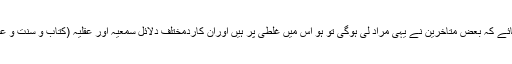
اگر یہ بات بھی مان لی جائے کہ بعض متاخرین نے یہی مراد لی ہوگی تو ہو اس میں غلطی پر ہيں اوران کاردمختلف دلائل سمعیہ اور عقلیہ (کتاب و سنت و عقلی دلائل) سےکیاجاتاہے۔